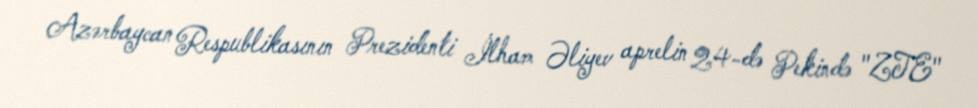
Azərbaycan Respublikasının Prezidenti İlham Əliyev aprelin 24-də Pekində "ZTE"